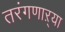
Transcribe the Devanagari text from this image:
तरंगणाऱ्या